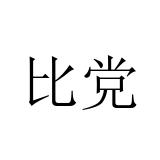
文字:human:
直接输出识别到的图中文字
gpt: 比党